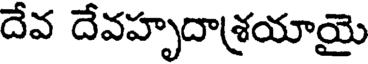
దేవ దేవహృదాశ్రయాయై